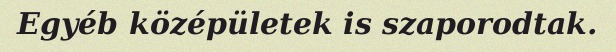
Egyéb középületek is szaporodtak.